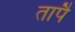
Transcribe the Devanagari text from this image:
तापै